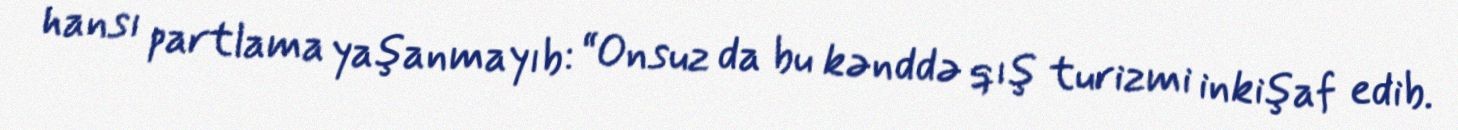
hansı partlama yaşanmayıb: “Onsuz da bu kənddə qış turizmi inkişaf edib.